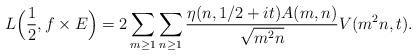
LaTeX: \begin{align*}L\Big(\frac{1}{2}, f \times E\Big)=2 \sum_{m \geq 1} \sum_{n \geq 1}\frac{\eta(n,{1}/{2} + it)A(m,n)}{\sqrt{m^2 n}} V(m^2n, t).\end{align*}